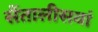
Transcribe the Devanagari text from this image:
सैंतालीसवां